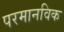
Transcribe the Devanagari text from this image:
परमानविक